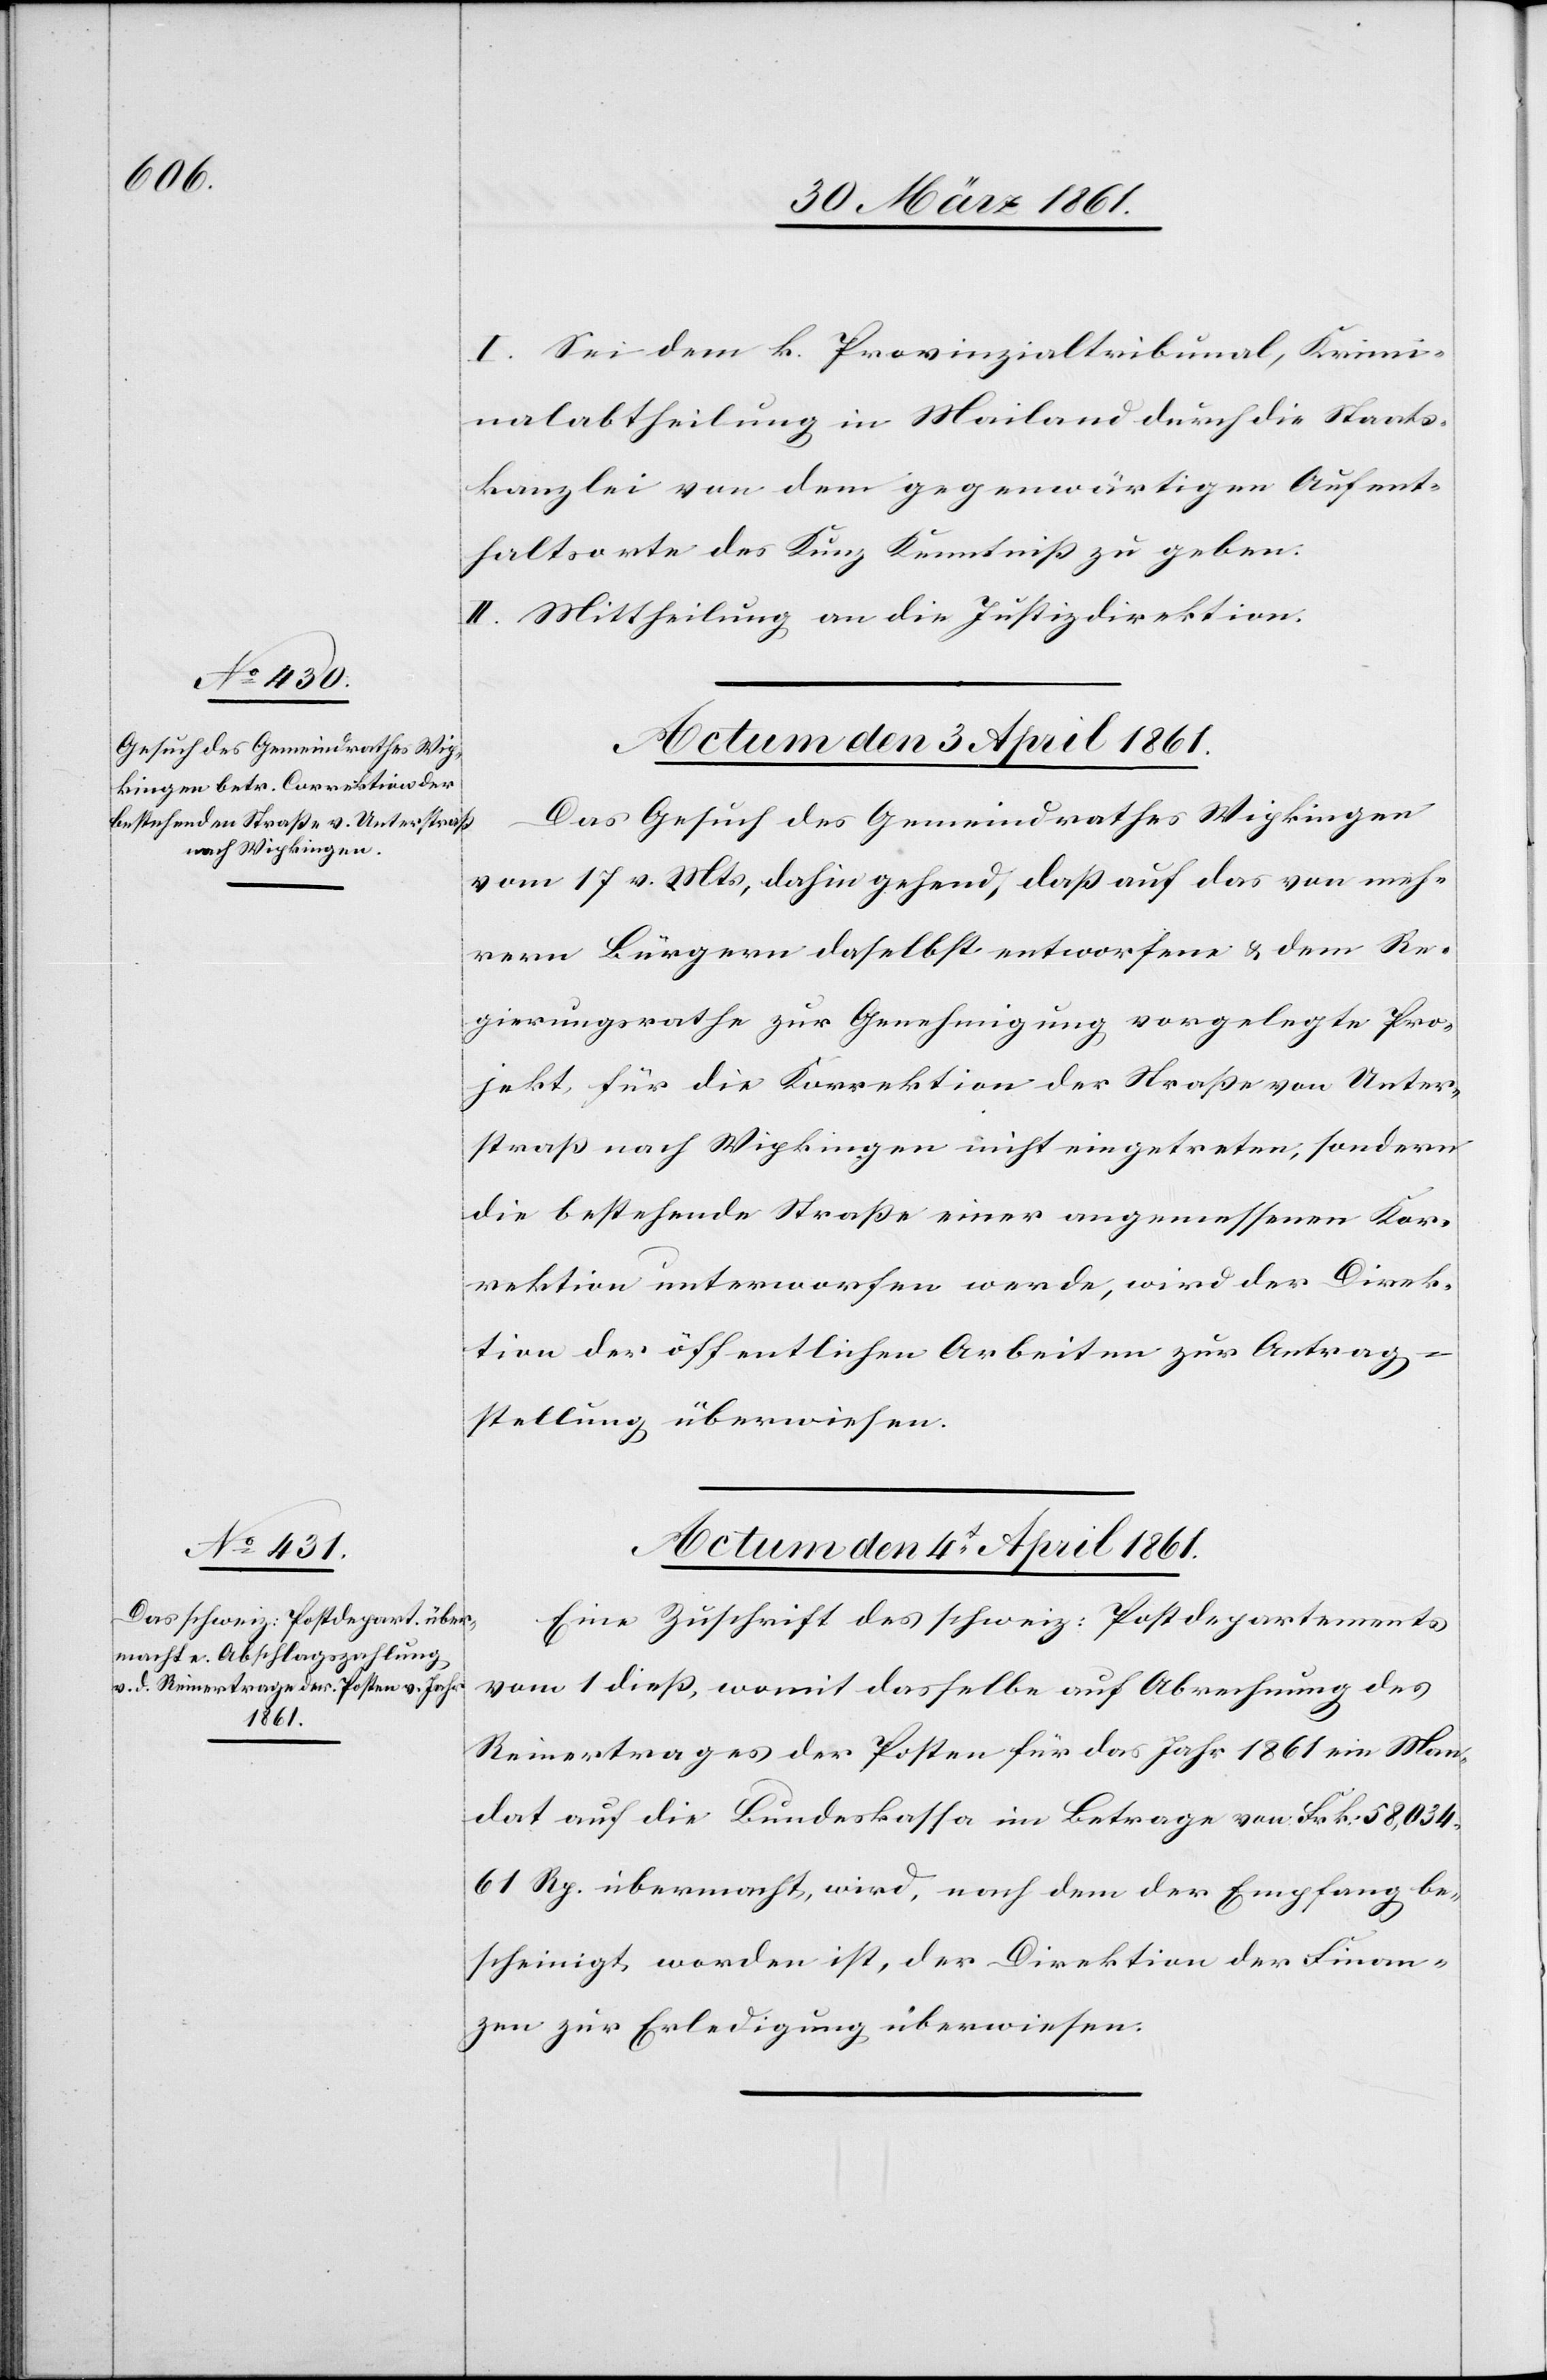
I. Sei dem k. Provinzialtribunal, Krimi¬
nalabtheilung in Mailand durch die Staats¬
kanzlei von dem gegenwärtigen Aufent¬
haltsorte des Kunz Kenntniß zu geben.
II. Mittheilung an die Justizdirektion.
Actum den 3. April 1861.
Das Gesuch des Gemeindrathes Wipkingen
vom 17. v. Mts, dahin gehend, daß auf das von meh¬
rern Bürgern daselbst entworfene u. dem Re¬
gierungsrathe zur Genehmigung vorgelegte Pro¬
jekt, für die Korrektion der Straße von Unter¬
straß nach Wipkingen nicht eingetreten, sondern
die bestehende Straße einer angemessenen Kor¬
rektion unterworfen werde, wird der Direk¬
tion der öffentliche Arbeiten zur Antrag¬
stellung überwiesen.
Actum den 4t April 1861.
Eine Zuschrift des schweiz. Postdepartements
vom 1. dieß, womit dasselbe auf Abrechnung des
Reinertrages der Posten für das Jahr 1861 ein Man¬
dat auf die Bundeskassa im Betrage von Frk: 58,034
61 Rp. übermacht, wird, nachdem der Empfang be¬
scheinigt worden ist, der Direktion der Finan¬
zen zur Erledigung überwiesen.